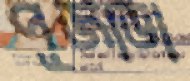
পূজাডা